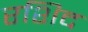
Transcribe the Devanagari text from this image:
रशिद